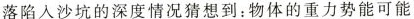
落陷入沙坑的深度情况猜想到：物体的重力势能可能